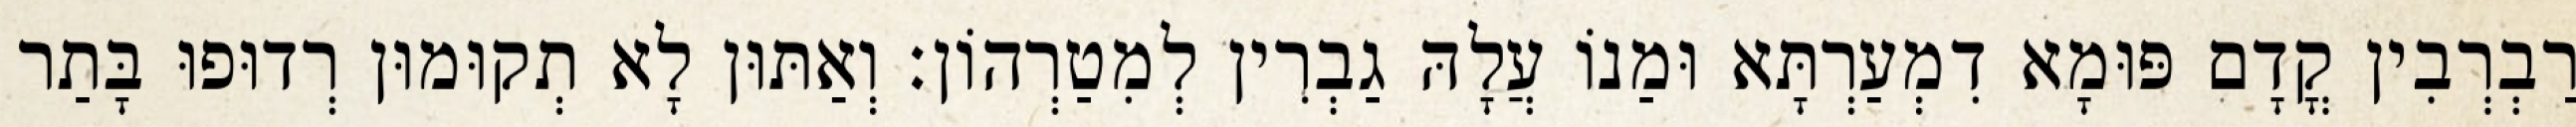
רַבְרְבִין קֳדָם פּוּמָא דִמְעַרְתָּא וּמַנוֹ עֲלָהּ גַבְרִין לְמִטַרְהוֹן׃ וְאַתּוּן לָא תְקוּמוּן רְדוּפוּ בָּתַר